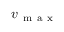
v _ { \mathrm { ~ m ~ a ~ x ~ } }